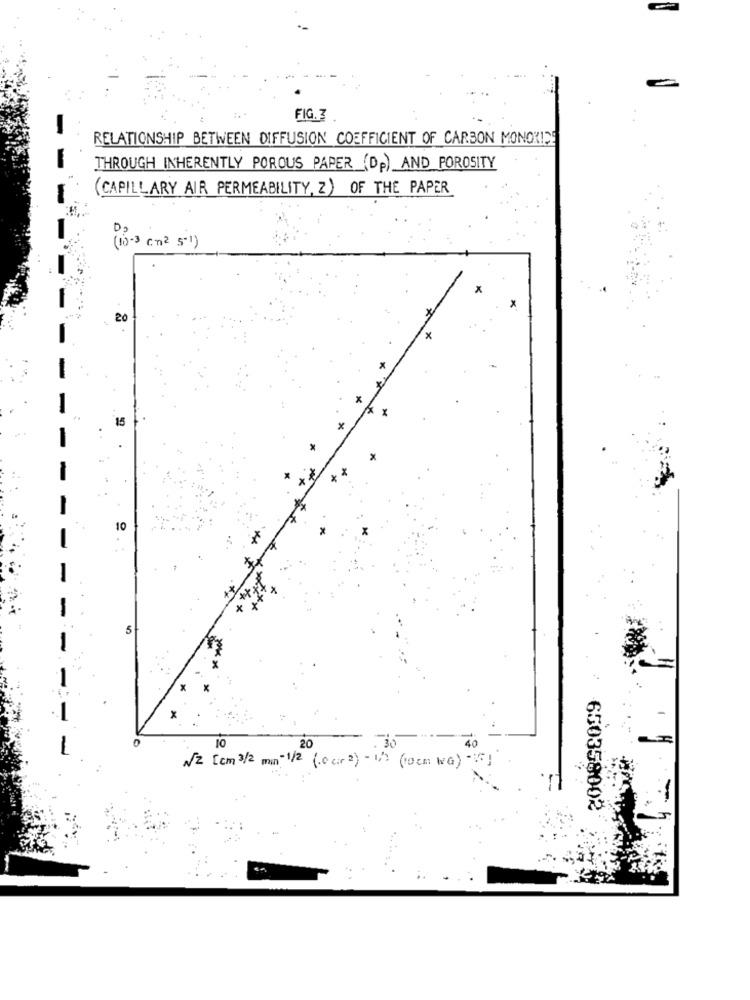
FIG. 3
RELATIONSHIP BETWEEN DIFFUSION COEFFICIENT OF CARBON MONOXIDE
THROUGH INHERENTLY POROUS PAPER (Dp) AND POROSITY
(CAPILLARY AIR PERMEABILITY, Z) OF THE PAPER
D2
(10)- 3 ( T 2 5- 1 )
X
20
15
10
5
x
10
20
-
.30
AZ [cm 3/2 mm-1/2 (10 cir 2) - 12 (10cm WG) }
650358002